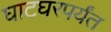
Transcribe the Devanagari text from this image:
घाटघरपर्यंत